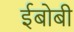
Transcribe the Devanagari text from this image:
ईबोबी